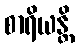
စာရိယန္တိ